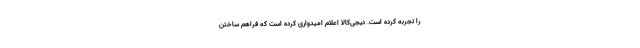
را تجربه کرده است. دیجی‌کالا اعلام امیدواری کرده است که فراهم ساختن